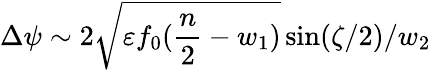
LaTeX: \Delta\psi\sim 2\sqrt{\varepsilon f_{0}(\frac{n}{2}-w_{1})}\sin(\zeta/2)/{w_{2}}